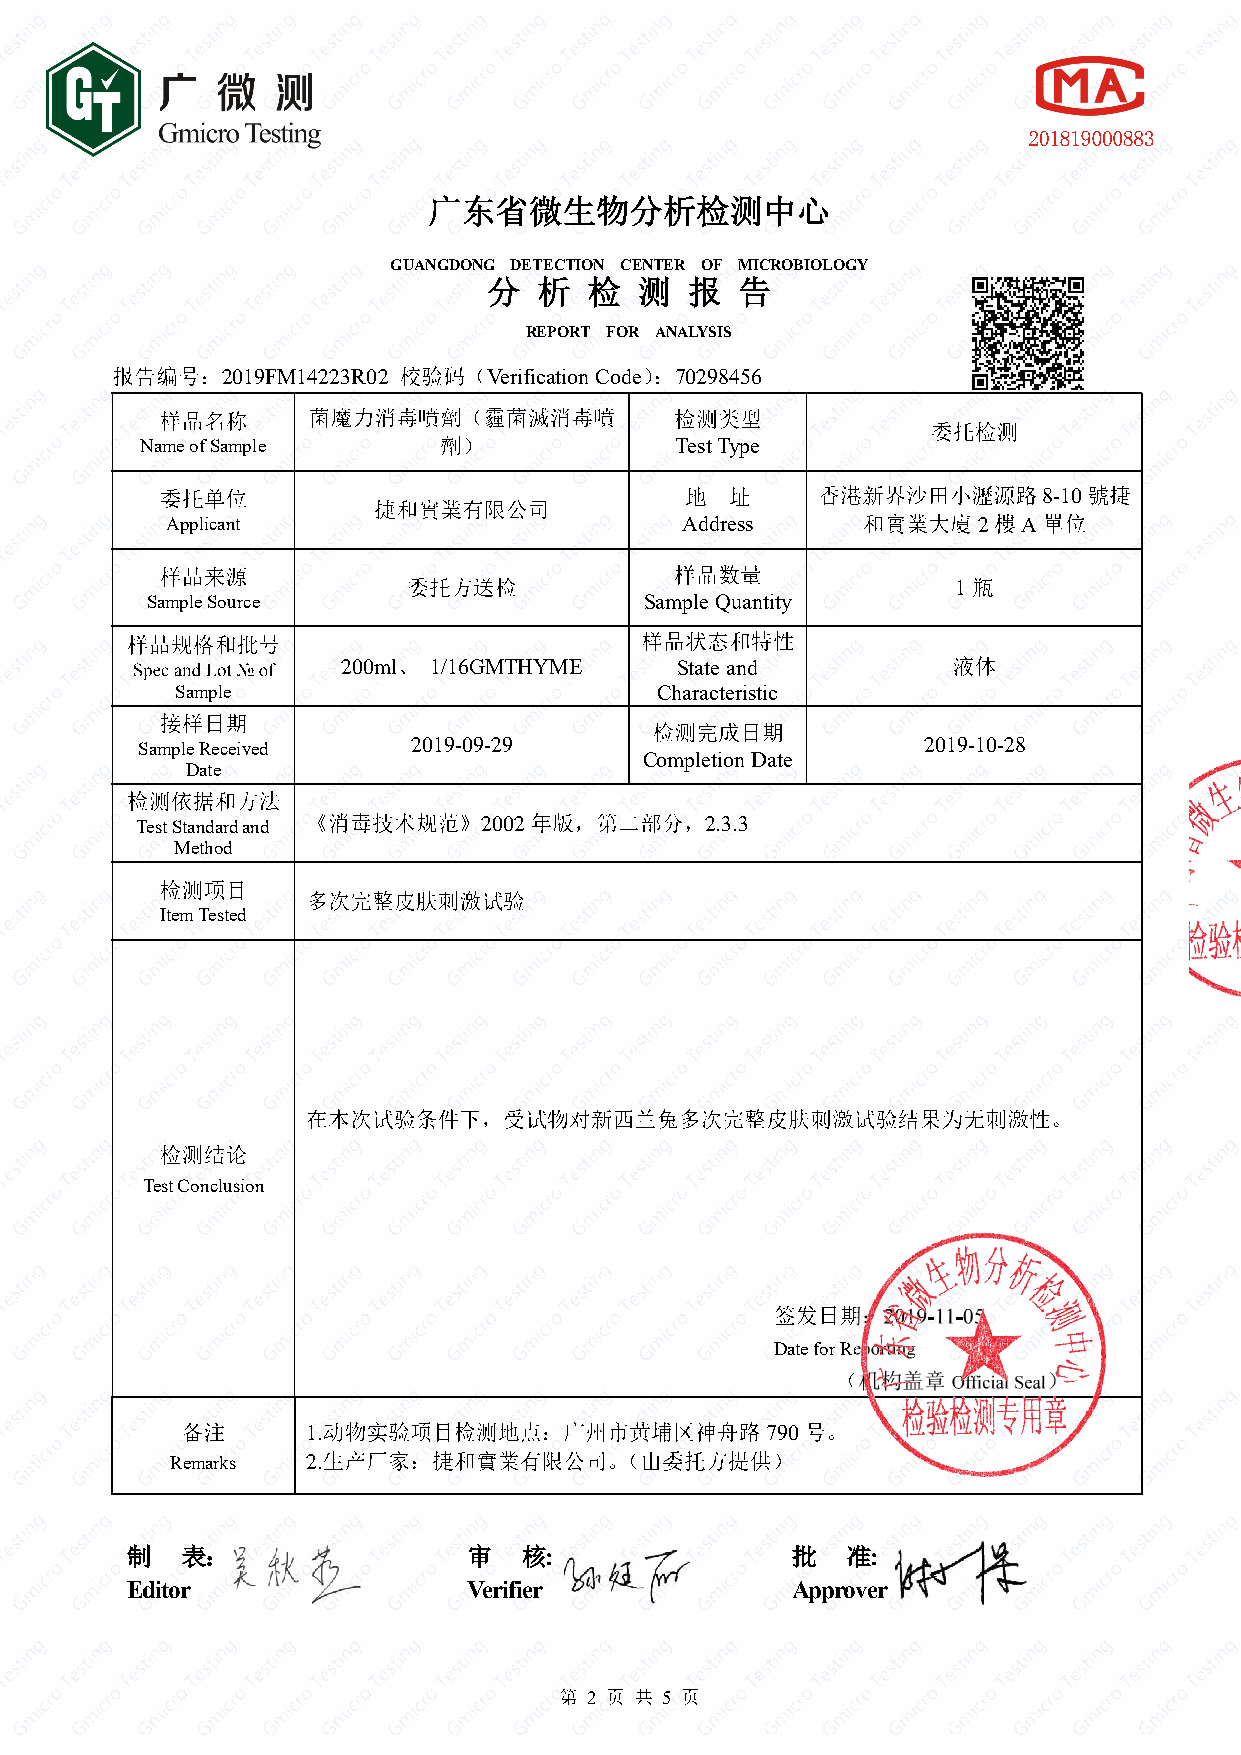
GUANGDONG DETECTION CENTER OF MICROBIOLOGY
 REPORT FOR ANALYSIS
 2019FM14223R02   Verification Code 70298456
 Name of Sample                      Test Type
 8-10
 Applicant                         Address             2  A
 1
 Sample Source                    Sample Quantity
 200ml 1/16GMTHYME     State and
 Sample                         Characteristic
 Sample Received   2019-09-29                        2019-10-28
 Completion Date
 Date
 Test Standard and      2002           2.3.3
 Method
 Item Tested
 Test Conclusion
 2019-11-05
 Date for Reporting $ $
 Official Seal
 1.                             790
 Remarks  2.
 :                     :
 Editor                 Verifier             Approver
 2    5